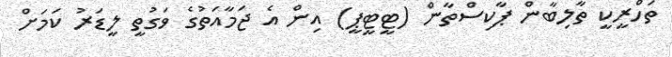
ތަހްރީކީ ތާލިބާން ޕާކިސްތާން (ޓީޓީޕީ) އިން އެ ޖަމާއަތުގެ ވަގުތީ ލީޑަރު ކަމަށް